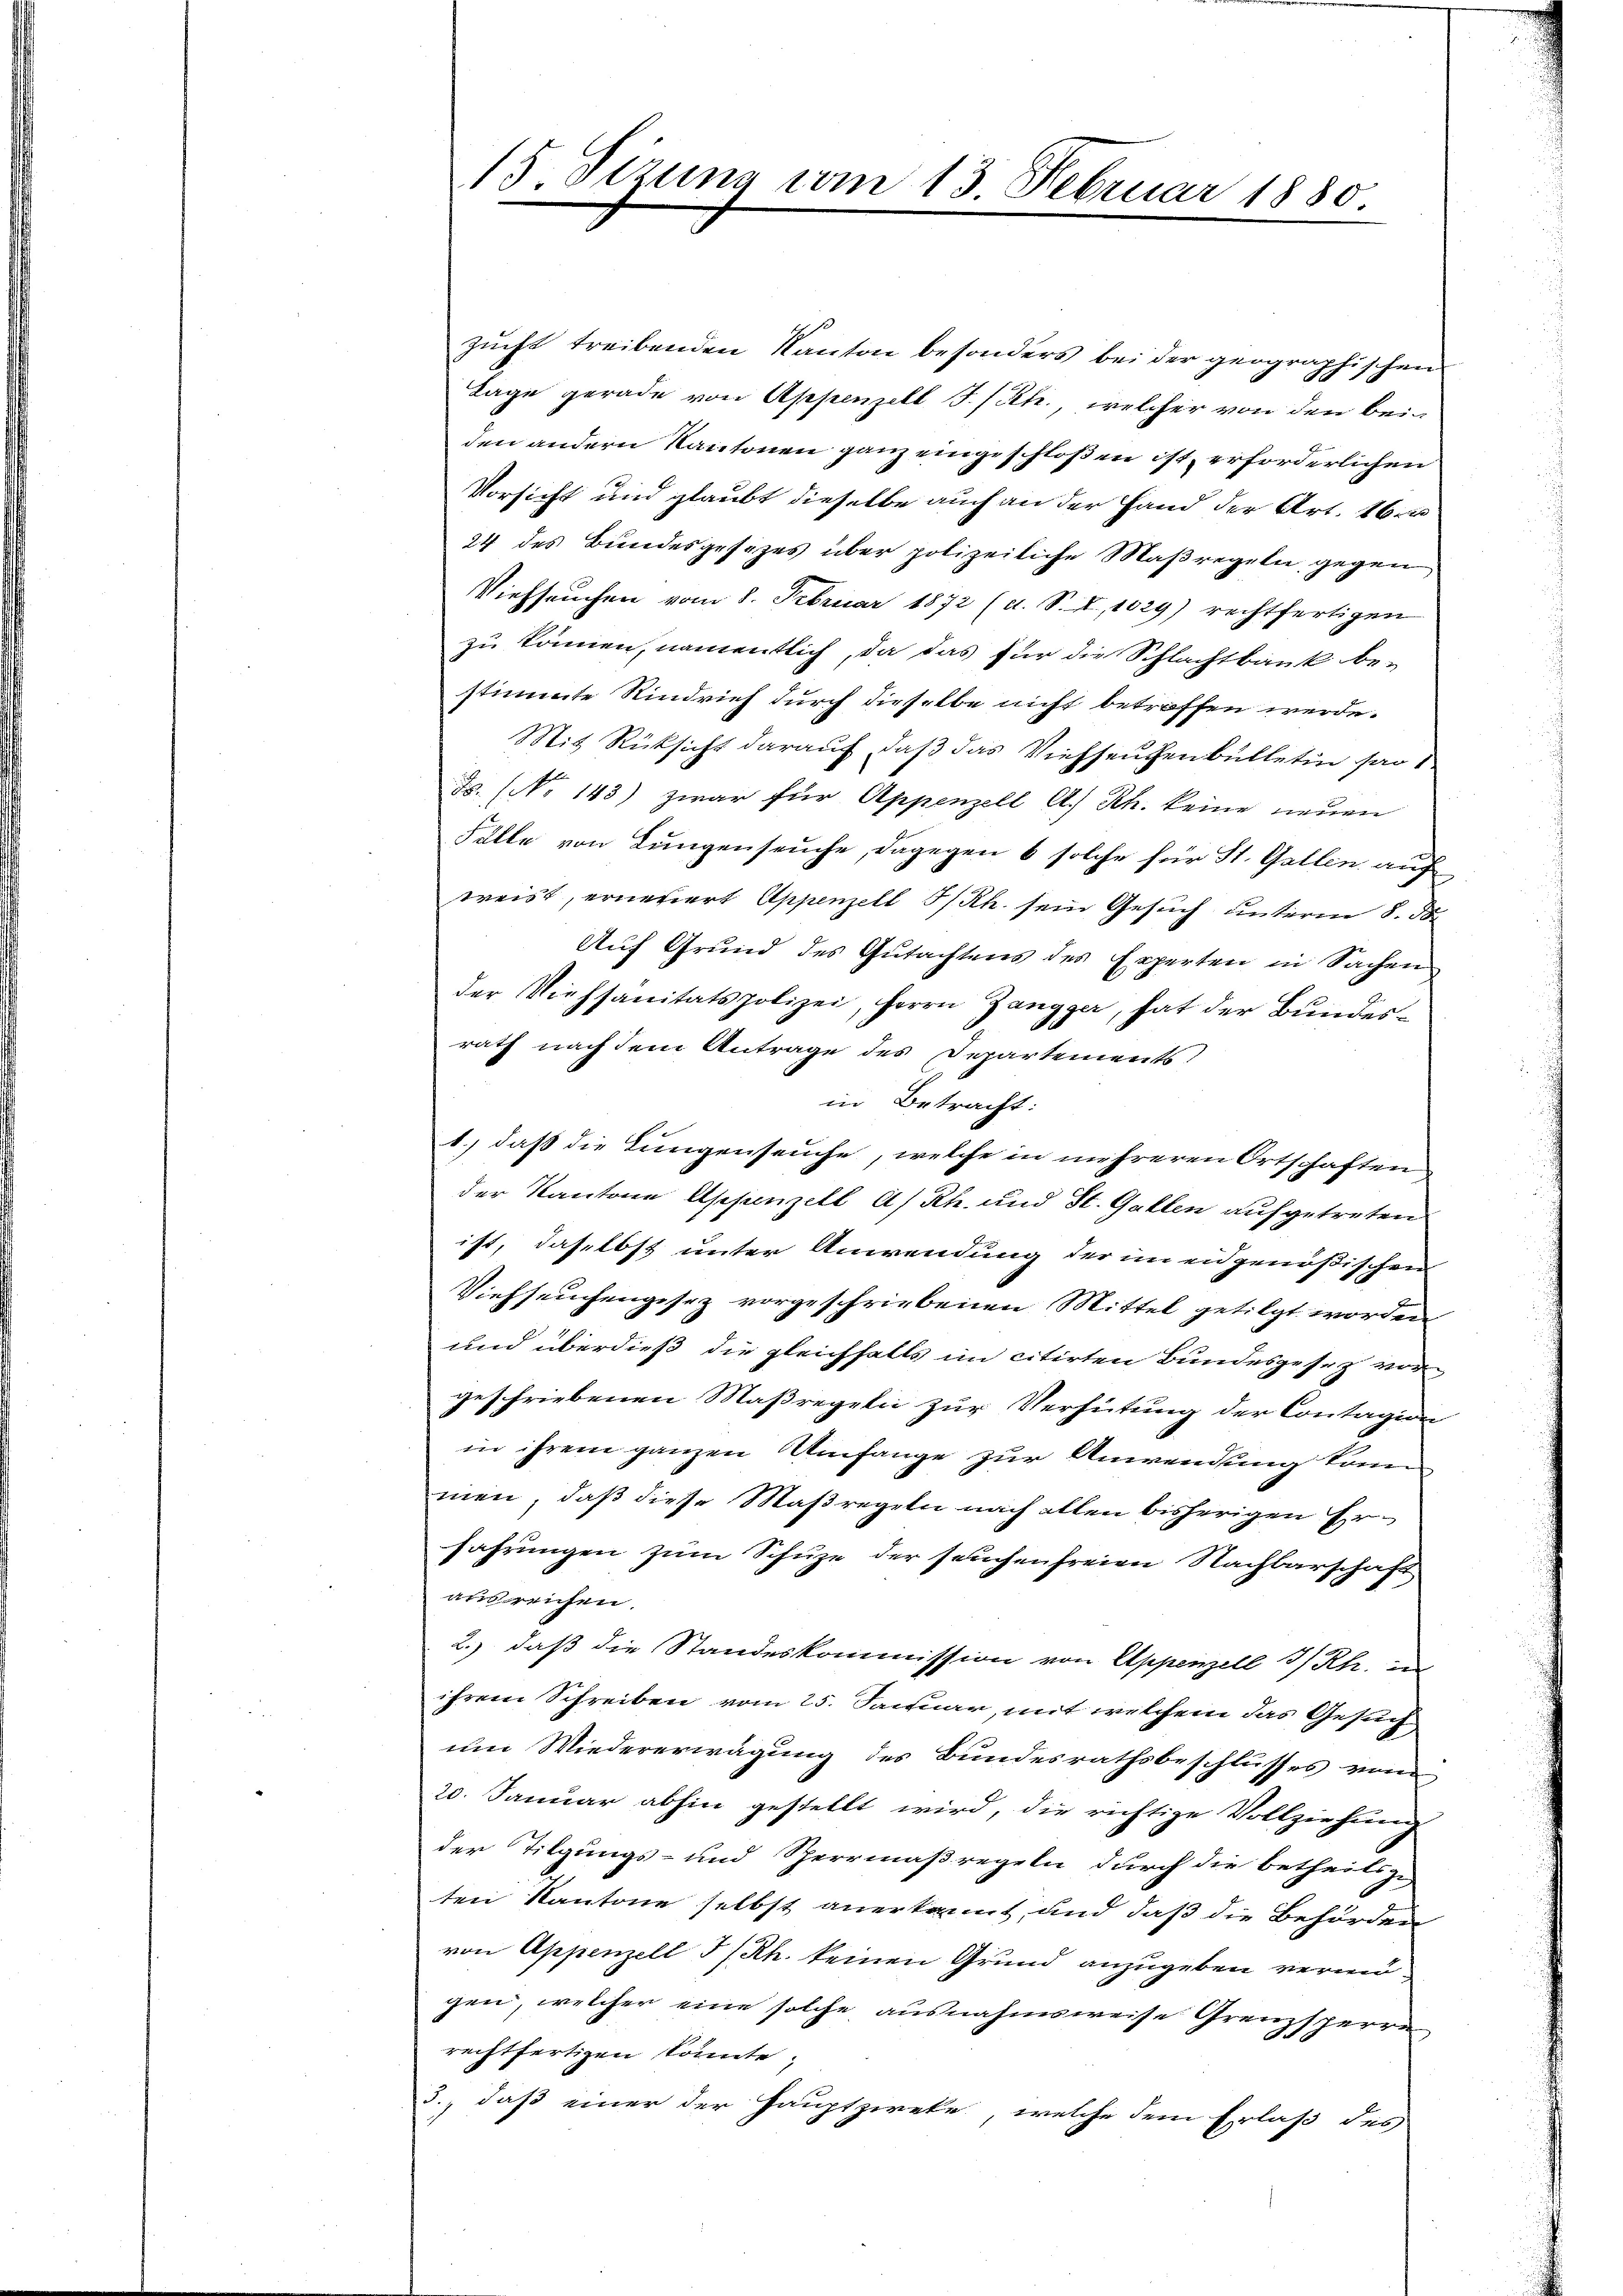
zucht treibenden Kanton besonders bei der geographischen
Lage gerade von Appenzell I/Rh., welcher von den bei-
den andern Kantonen ganz eingeschloßen ist, erforderlichen
Vorsicht und glaubt dieselbe auch an der Hand der Art. 16 u
24 des Bundesgesezes über polizeiliche Maßregeln gegen
Viehseuchen vom 8. Februar 1872 (d. S. I, 1529) rechtfertigen
zu können, namentlich, da das für die Schlachtbank be-
stimmte Rindvieh durch dieselbe nicht betroffen werde.
Mit Rücksicht darauf, daß das Viehseuchenbülletin ad 1.
Fs. (No 143) zwar für Appenzell A. Rh. keine neuen
Falle von Lungenseuche, dagegen 6 solche für St. Gallen auf
weist, erneuert Appenzell I/Rh. sein Gesuch unterm 8. der
Auf Grund des Gutachtens des Experten in Sachen
der Viehsanitätspolizei, Herrn Zangger, hat der Bundesrath nach dem Antrage des Departements
in Betracht:
1., daß die Lungenseuche, welche in mehreren Ortschaften
der Kantone Appenzell A/Rh. und St. Gallen aufgetreten
ist, daselbst unter Anwendung der im eidgenößischen
Viehseuchengesez vorgeschriebenen Mittel getilgt worden
und überdieß die gleichfalls im citirten Bundesgesez vor-
geschriebenen Maßregeln zur Verhütung der Contagion
in ihrem ganzen Umfange zur Anwendung konn
men, daß diese Maßregeln nach allen bisherigen Erfahrungen zum Schuze der seuchenfreien Nachbarschaft
ausreichen.
2.) daß die Standeskommission von Appenzell I/Rh.
ihrem Schreiben vom 25. Januar, mit welchem das Gesuch
um Wiedererwägung des Bundesrathsbeschlusses von
20. Januar abhin gestellt wird, die richtige Vollziehung
der Tilgungs- und Sperrmaßregeln durch die betheils zu-
ten Kantone selbst anerkannt, und daß die Behörden
von Appenzell I/Rh. keinen Grund anzugeben vermigen, welcher eine solche ausnahmsweise Grenzsperre
rechtfertigen könnte.
3., daß einer der Hauptzweke, welche dem Erlaß des

15 Sizung vom 13. Februar 1880